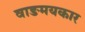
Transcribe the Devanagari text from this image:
वाङमयकार